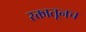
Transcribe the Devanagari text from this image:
रक्तातूनच